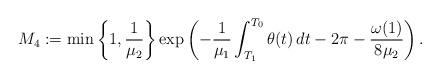
LaTeX: \begin{align*}M_{4}:=\min\left\{1,\frac{1}{\mu_{2}}\right\}\exp\left(-\frac{1}{\mu_{1}}\int_{T_{1}}^{T_{0}}\theta(t)\,dt-2\pi-\frac{\omega(1)}{8\mu_{2}}\right).\end{align*}